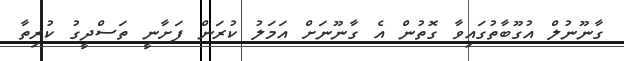
ގާނޫނުލް އުގޫބާތުގައިވާ ގޮތުން އެ ގާނޫނަށް އަމަލު ކުރަން ފަށާނީ ތަސްދީގު ކުރިތާ